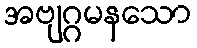
အဗျဂ္ဂမနသော